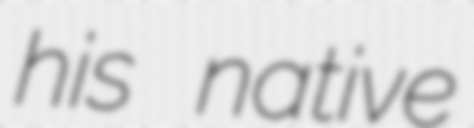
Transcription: his native